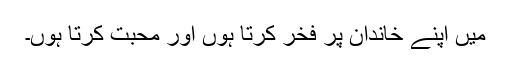
میں اپنے خاندان پر فخر کرتا ہوں اور محبت کرتا ہوں۔